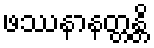
ဖဿနာနတ္တန္တိ